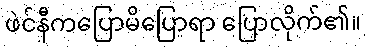
ဖဲင်နီကပြောမိပြောရာ ပြောလိုက်၏။